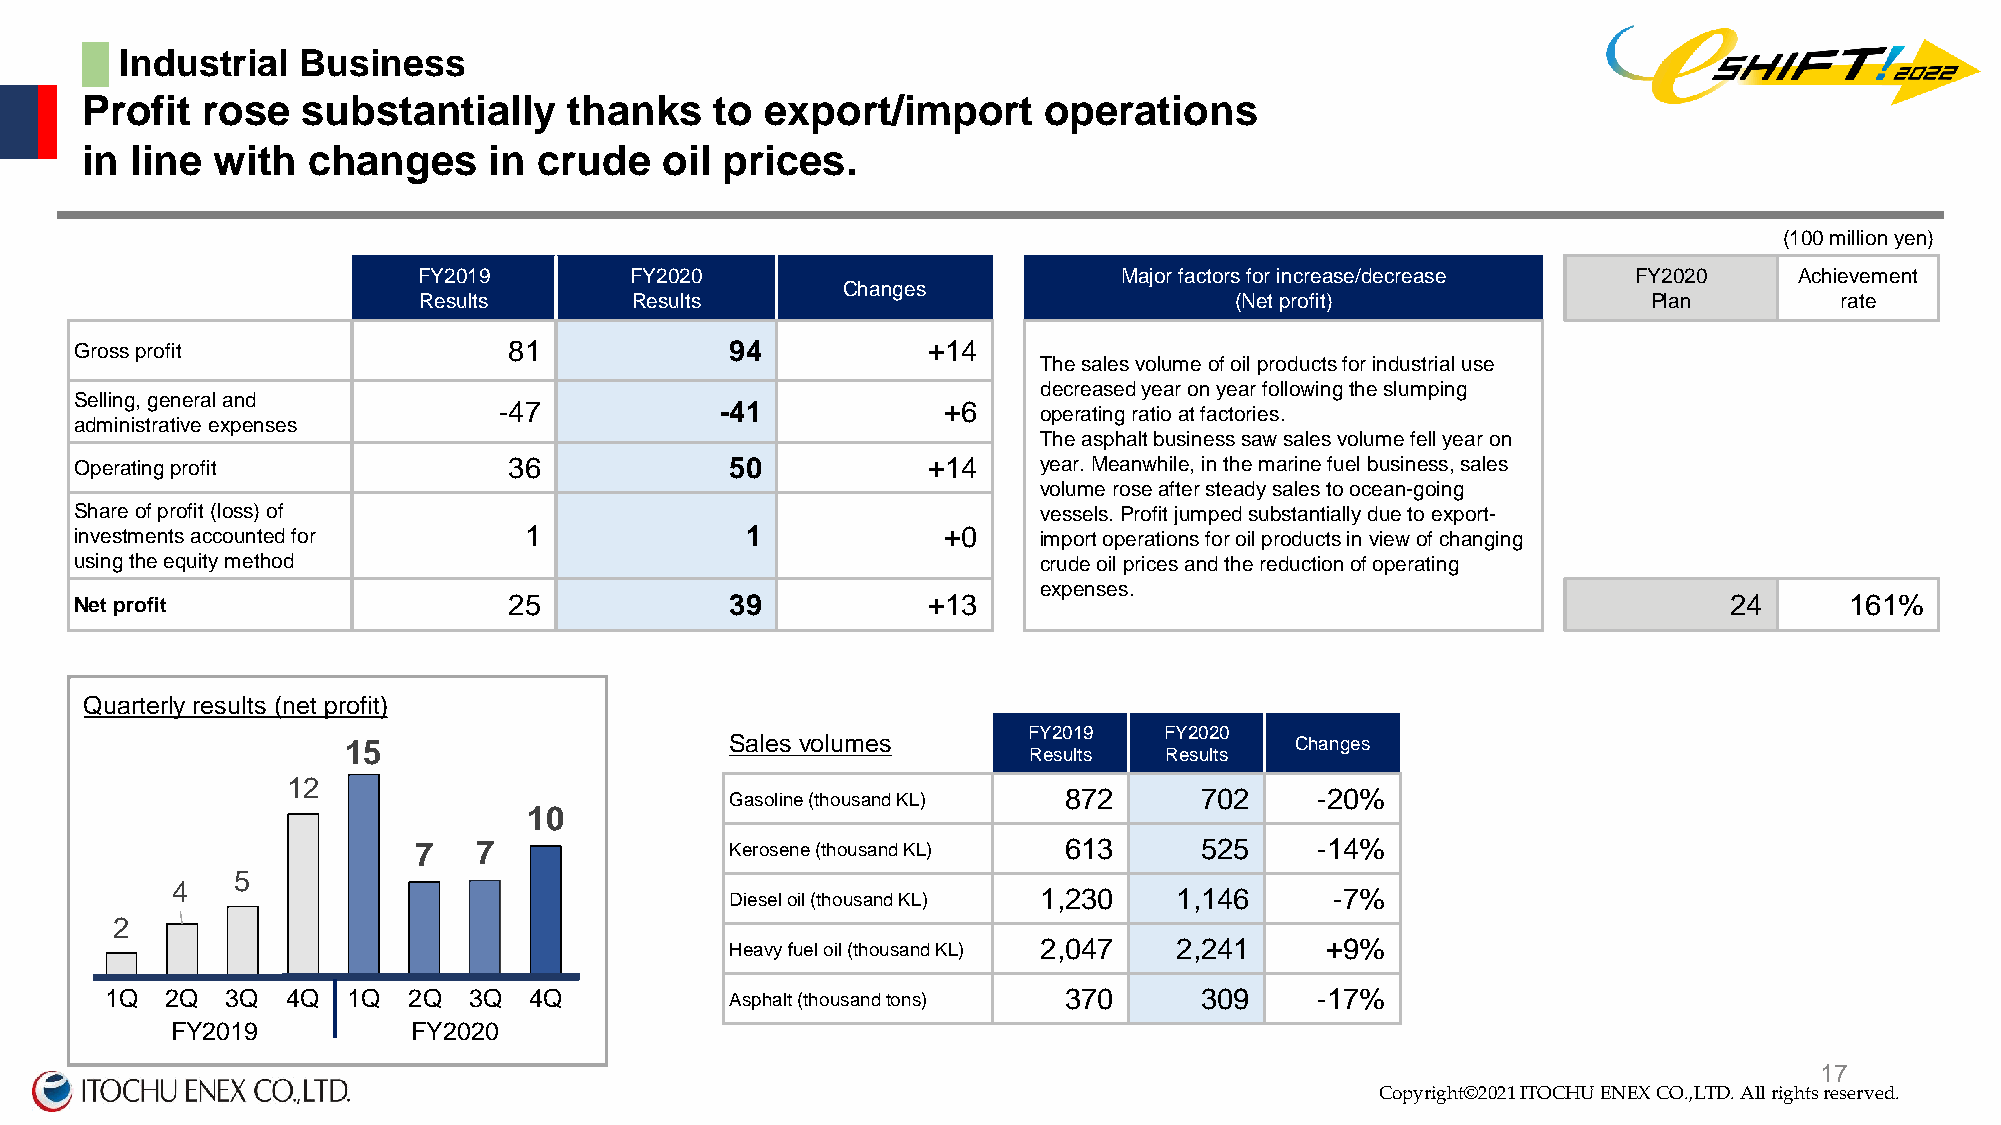
█  Industrial  Business
 Profit  rose   substantially     thanks   to  export/import     operations
 in  line with  changes     in  crude   oil prices.
 (100 million yen)
 FY2019        FY2020                          Major factors for increase/decrease FY2020   Achievement
 Changes
 Results       Results                                 (Net profit)               Plan         rate
 Gross profit                 81            94           +14
 The sales volume of oil products for industrial use
 decreased year on year following the slumping
 Selling, general and
 -47            -41           +6     operating ratio at factories.
 administrative expenses
 The asphalt business saw sales volume fell year on
 Operating profit             36            50           +14     year. Meanwhile, in the marine fuel business, sales
 volume rose after steady sales to ocean-going
 Share of profit (loss) of                                       vessels. Profit jumped substantially due to export-
 investments accounted for     1             1            +0     import operations for oil products in view of changing
 using the equity method                                         crude oil prices and the reduction of operating
 expenses.
 Net profit                   25            39           +13                                                  24      161%
 Quarterly results (net profit)
 FY2019   FY2020
 15                       Sales volumes                         Changes
 Results  Results
 12
 Gasoline (thousand KL) 872     702     -20%
 10
 7   7                Kerosene (thousand KL) 613     525     -14%
 5
 4
 Diesel oil (thousand KL) 1,230 1,146    -7%
 2
 Heavy fuel oil (thousand KL) 2,047 2,241 +9%
 1Q  2Q  3Q  4Q  1Q  2Q  3Q  4Q           Asphalt(thousandtons) 370      309     -17%
 FY2019          FY2020
 Copyright©2020 ITOCHU ENEX CO.,LTD. All right1s 7reserved.
 Copyright©2021 ITOCHU ENEX CO.,LTD. All rights reserved.